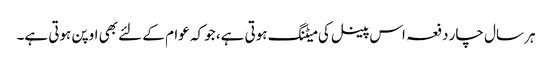
ہر سال چار دفعہ اس پینل کی میٹنگ ہوتی ہے، جو کہ عوام کے لئے بھی اوپن ہوتی ہے۔